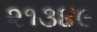
૨૧૩૪૯